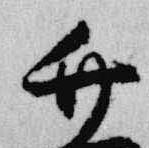
竹